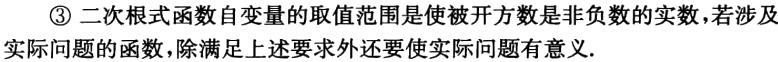
\textcircled{3}二次根式函数自变量的取值范围是使被开方数是非负数的实数，若涉及实际问题的函数，除满足上述要求外还要使实际问题有意义.